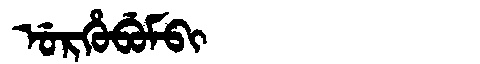
Manchu: ᡠᡵᡥᡠᠪᡠᠮᠪᡳ
Romanization: URHUBUMBI